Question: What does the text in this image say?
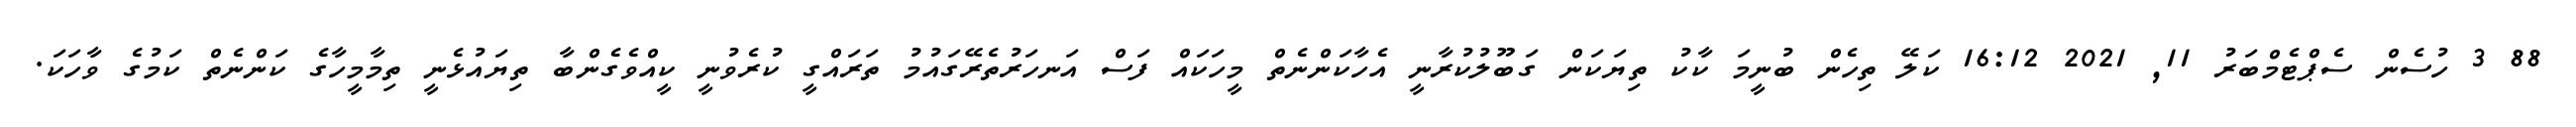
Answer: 88 3 ހުސެން ސެޕްޓެމްބަރު 11, 2021 16:12 ކަލޭ ތިހެން ބުނީމަ ކާކު ތިޔަކަން ގަބޫލުކުރާނީ އެހާކަންނެތް މީހަކައް ފަސް އަނހަރުތެރޭގައުމު ތަރައްގީ ކުރެވުނީ ކީއްވެގެންބާ ތިޔައުޅެނީ ތިމާމީހާގެ ކަންނެތް ކަމުގެ ވާހަކަ.